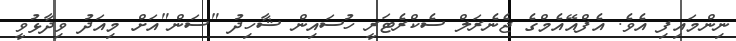
ނިންމައިފި އެވެ. އެފްއޭއެމްގެ ޖެނެރަލް ސެކްރެޓަރީ ހުސައިން ޝާހިދު "ސަން"އަށް މިއަދު ވިދާޅުވީ